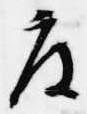
度